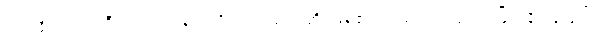
မဟာနိသံသာ၊ ကြီးသော အာနိသင်ရှိသည်။ ဟောတိ၊ ဖြစ်၏။ အမတောဂဓာ၊ အမြိုက်နိဗ္ဗာန်လျှင်